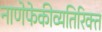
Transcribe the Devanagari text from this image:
नाणेफेकीव्यतिरिक्त